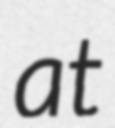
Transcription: at